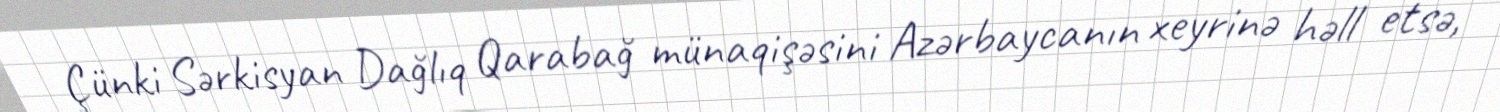
Çünki Sərkisyan Dağlıq Qarabağ münaqişəsini Azərbaycanın xeyrinə həll etsə,